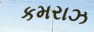
કમરાઝ